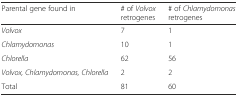
<table><thead><tr><td><b>Parental gene found in</b></td><td><b># of <i>Volvox</i> retrogenes</b></td><td><b># of <i>Chlamydomonas</i> retrogenes</b></td></tr></thead><tbody><tr><td><i>Volvox</i></td><td>7</td><td>1</td></tr><tr><td><i>Chlamydomonas</i></td><td>10</td><td>1</td></tr><tr><td><i>Chlorella</i></td><td>62</td><td>56</td></tr><tr><td><i>Volvox, Chlamydomonas, Chlorella</i></td><td>2</td><td>2</td></tr><tr><td>Total</td><td>81</td><td>60</td></tr></tbody></table>